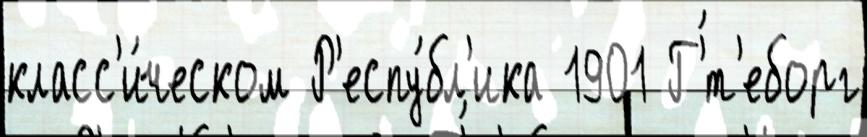
класс'и́ческом Р'еспу́бл'ика 1901 Г'́т'еборг